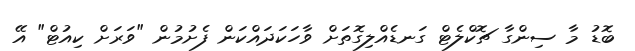
ބޮޑު މާ ސިންގާ ޗޮކްލެޓް ގަނޑެއްލިގޮތަށް ވާހަކަދައްކަން ފެށުމުން "ވަރަށް ކިއުޓް" އޭ